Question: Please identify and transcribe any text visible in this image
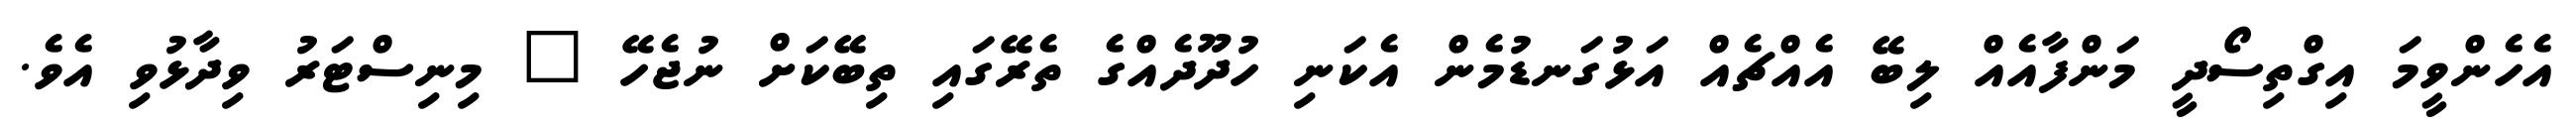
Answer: އެހެންވީމަ އިގްތިސޯދީ މަންފާއެއް ލިބޭ އެއްޗެއް އަޅުގަނޑުމެން އެކަނި ހުދޫދެއްގެ ތެރޭގައި ތިބޭކަށް ނުޖެހޭ " މިނިސްޓަރު ވިދާޅުވި އެވެ.